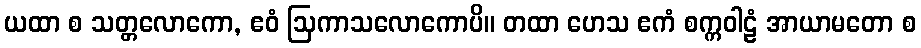
ယထာ စ သတ္တလောကော, ဧဝံ ဩကာသလောကောပိ။ တထာ ဟေသ ဧကံ စက္ကဝါဠံ အာယာမတော စ